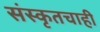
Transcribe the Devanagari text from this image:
संस्कृतचाही